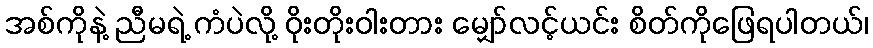
အစ်ကိုနဲ့ ညီမရဲ့ ကံပဲလို့ ဝိုးတိုးဝါးတား မျှော်လင့်ယင်း စိတ်ကိုဖြေရပါတယ်၊